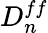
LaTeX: D_{n}^{ff}